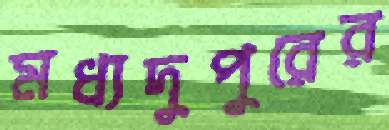
মধ্যদুপুরের